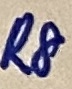
Text: R8